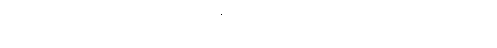
အကူအညီပေးရေးလုပ်ငန်းတွေ လုပ်ဆောင်နေပြီး မသန်စွမ်းတွေအတွက် ခြေတု၊ လက်တု တပ်ဆင်ပေးတဲ့